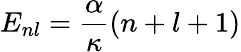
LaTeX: E_{nl}=\frac{\alpha}{\kappa}(n+l+1)